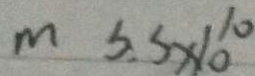
m s . s \times 1 0 ^ { 1 0 }